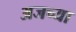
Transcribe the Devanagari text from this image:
अजच्या